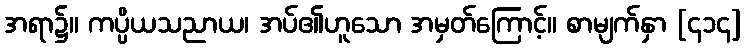
အရာ၌။ ကပ္ပိယသညာယ၊ အပ်၏ဟူသော အမှတ်ကြောင့်။ စာမျက်နှာ [၄၁၄]